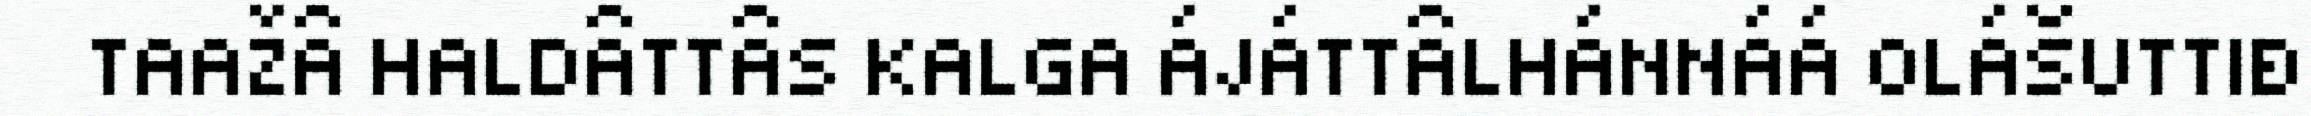
TAAŽÂ HALDÂTTÂS KALGA ÁJÁTTÂLHÁNNÁÁ OLÁŠUTTIĐ